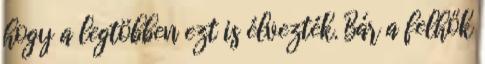
hogy a legtöbben ezt is élvezték. Bár a felhők